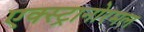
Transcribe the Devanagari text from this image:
एक्स्ट्रानोरमल